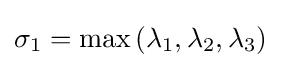
\sigma _{1}=\max \left(\lambda _{1},\lambda _{2},\lambda _{3}\right)